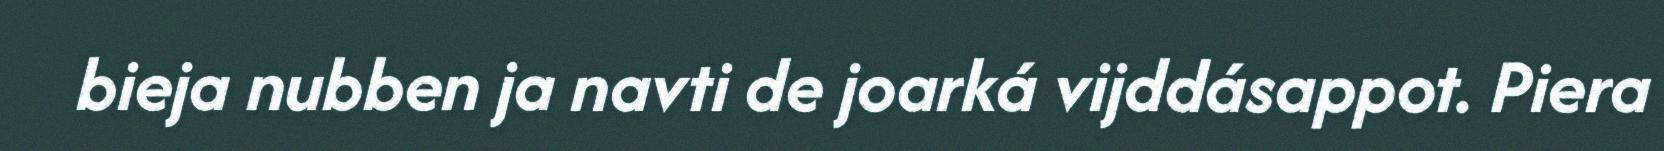
bieja nubben ja navti de joarká vijddásappot. Piera